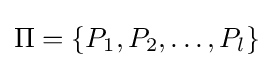
\Pi =\{P_{1},P_{2},\dots ,P_{l}\}